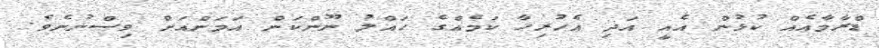
ޑްރާމާއެއް ކުޅުން އެއީ އަދި އެހުރިހާ ކަމެއްގެ ހައްލު ނޫންކަން އަމަންއަށް ވިސްނުނެވެ.